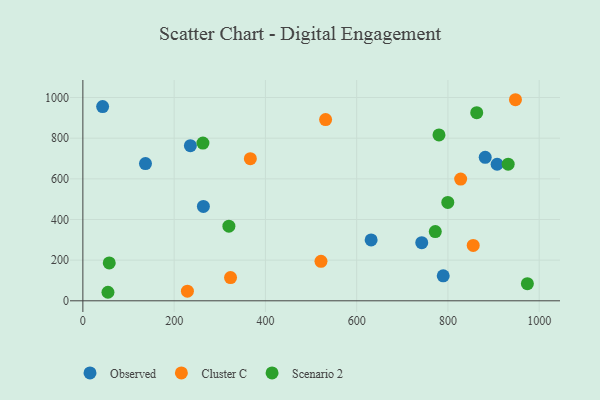
{"axis": {"x": "Price", "y": "Fuel Efficiency"}, "legend": ["Cluster C", "Observed", "Scenario 2"], "data": [{"x": "264.1", "y": 464.3, "type": "Observed"}, {"x": "631.7", "y": 299.4, "type": "Observed"}, {"x": "789.7", "y": 123.0, "type": "Observed"}, {"x": "137.2", "y": 674.9, "type": "Observed"}, {"x": "881.7", "y": 705.6, "type": "Observed"}, {"x": "235.6", "y": 763.3, "type": "Observed"}, {"x": "742.6", "y": 285.9, "type": "Observed"}, {"x": "43.3", "y": 955.6, "type": "Observed"}, {"x": "907.8", "y": 671.8, "type": "Observed"}, {"x": "323.6", "y": 114.5, "type": "Cluster C"}, {"x": "827.9", "y": 599.0, "type": "Cluster C"}, {"x": "229.1", "y": 47.6, "type": "Cluster C"}, {"x": "531.9", "y": 891.7, "type": "Cluster C"}, {"x": "521.8", "y": 194.2, "type": "Cluster C"}, {"x": "948.0", "y": 989.1, "type": "Cluster C"}, {"x": "855.4", "y": 272.4, "type": "Cluster C"}, {"x": "367.0", "y": 699.3, "type": "Cluster C"}, {"x": "320.0", "y": 367.0, "type": "Scenario 2"}, {"x": "932.0", "y": 672.3, "type": "Scenario 2"}, {"x": "974.1", "y": 84.3, "type": "Scenario 2"}, {"x": "55.0", "y": 42.0, "type": "Scenario 2"}, {"x": "863.1", "y": 925.3, "type": "Scenario 2"}, {"x": "799.7", "y": 484.0, "type": "Scenario 2"}, {"x": "57.8", "y": 186.3, "type": "Scenario 2"}, {"x": "780.4", "y": 816.1, "type": "Scenario 2"}, {"x": "263.1", "y": 775.7, "type": "Scenario 2"}, {"x": "772.3", "y": 340.5, "type": "Scenario 2"}]}